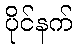
ပိုင်နက်